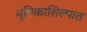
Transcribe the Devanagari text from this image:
मृत्तिकाशिल्पात